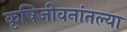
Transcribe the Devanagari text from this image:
कृषिजीवनांतल्या